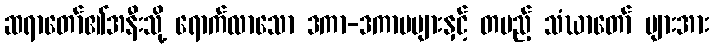
ဆရာတော်၏အနီးသို့ ရောက်လာသော ဒကာ-ဒကာမများနှင့် တပည့် သံဃာတော် များအား